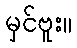
မှင်ဗူး။